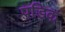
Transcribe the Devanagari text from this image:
पडिक